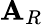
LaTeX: \mathbf{A}_{R}